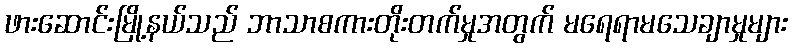
ဖားဆောင်းမြို့နယ်သည် ဘာသာစကားတိုးတက်မှုအတွက် မရေရာမသေချာမှုများ